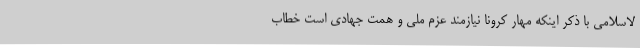
لاسلامی با ذکر اینکه مهار کرونا نیازمند عزم ملی و همت جهادی است خطاب